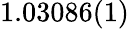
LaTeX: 1.03086(1)